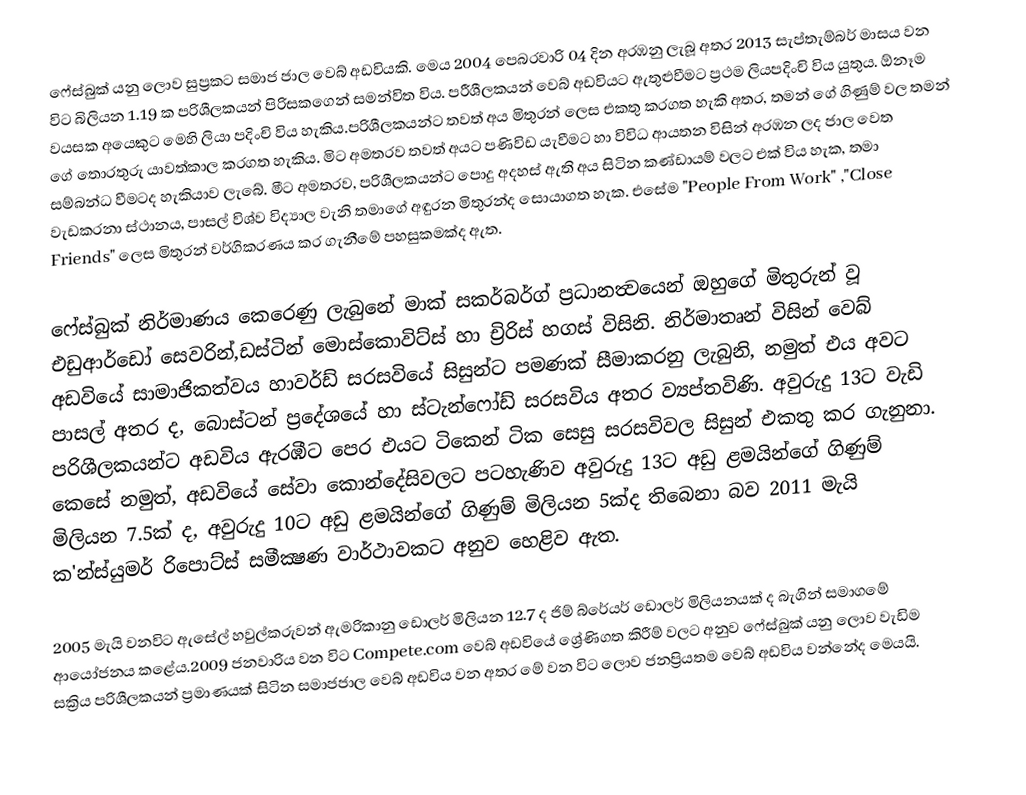
ෆේස්බුක් යනු ලොව සුප්‍රකට සමාජ ජාල වෙබ් අඩවියකි. මෙය 2004 පෙබරවාරි 04 දින අරඹනු ලැබූ අතර 2013 සැප්තැම්බර් මාසය වන විට  බිලියන 1.19 ක පරිශීලකයන් පිරිසකගෙන් සමන්විත විය. පරීශීලකයන් වෙබ් අඩවියට ඇතුළුවීමට ප්‍රථම ලියපදිංචි විය යුතුය. ඕනෑම වයසක අයෙකුට මෙහි ලියා පදිංචි විය හැකිය.පරිශීලකයන්ට තවත් අය මිතුරන් ලෙස එකතු කරගත හැකි අතර, තමන් ගේ ගිණුම් වල තමන් ගේ තොරතුරු යාවත්කාල කරගත හැකිය. මිට අමතරව තවත් අයට පණිවිඩ යැවීමට හා විවිධ ආයතන විසින් අරඹන ලද ජාල වෙත සම්බන්ධ වීමටද හැකියාව ලැබේ. මීට අමතරව, පරිශීලකයන්ට පොදු අදහස් ඇති අය සිටින කණ්ඩායම් වලට එක් විය හැක, තමා වැඩකරනා ස්ථානය, පාසල් විශ්ව විද්‍යාල වැනි තමාගේ අඳුරන මිතුරන්ද සොයාගත හැක. එසේම  "People From Work" ,"Close Friends" ලෙස මිතුරන් වර්ගිකරණය කර ගැනීමේ පහසුකමක්ද ඇත.

ෆේස්බුක් නිර්මාණය කෙරෙණු ලැබුනේ මාක් සකර්බර්ග් ප්‍රධානත්‍වයෙන් ඔහුගේ මිතුරුන් වූ එඩුආර්ඩෝ සෙවරින්,ඩස්ටින් මොස්කොවිට්ස් හා ච්‍රිරිස් හගස් විසිනි. නිර්මාතෘන් විසින් වෙබ් අඩවියේ සාමාජිකත්වය හාවර්ඩ් සරසවියේ සිසුන්ට පමණක් සීමාකරනු ලැබුනි, නමුත් එය අවට පාසල් අතර ද, බොස්ටන් ප්‍රදේශයේ හා ස්ටැන්ෆෝඩ් සරසවිය අතර ව්‍යප්තවිණි. අවුරුදු 13ට වැඩි පරිශීලකයන්ට අඩවිය ඇරඹීට පෙර එයට ටිකෙන් ටික සෙසු සරසවිවල සිසුන් එකතු කර ගැනුනා. කෙසේ නමුත්, අඩවියේ සේවා කොන්දේසිවලට පටහැණිව අවුරුදු 13ට අඩු ළමයින්‍ගේ ගිණුම් මිලියන 7.5ක් ද, අවුරුදු 10ට අඩු ළමයින්ගේ ගිණුම් මිලියන 5ක්ද තිබෙනා බව 2011 මැයි ක'න්ස්යුමර් රිපොට්ස් සමීක්‍ෂණ වාර්ථාවකට අනුව  හෙළිව ඇත.

2005 මැයි වනවිට ඇසේල් හවුල්කරුවන් ඇමරිකානු ඩොලර් මිලියන 12.7 ද ජිම් බ්රේයර් ඩොලර් මිලියනයක් ද බැගින් සමාගමේ ආයෝජනය කළේය.2009 ජනවාරිය වන විට Compete.com වෙබ් අඩවියේ ශ්‍රේණිගත කිරීම් වලට අනුව ෆේස්බුක් යනු ලොව වැඩිම සක්‍රිය පරිශීලකයන් ප්‍රමාණයක් සිටින සමාජජාල වෙබ් අඩවිය වන අතර මේ වන විට ලොව ජනප්‍රියතම වෙබ් අඩවිය වන්නේද මෙයයි.